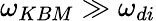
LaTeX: \omega_{KBM}\gg\omega_{di}